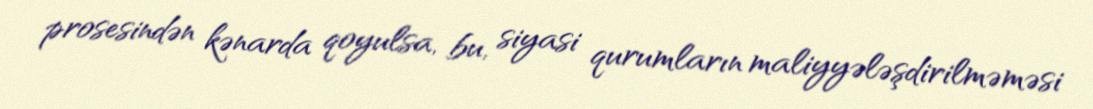
prosesindən kənarda qoyulsa, bu, siyasi qurumların maliyyələşdirilməməsi